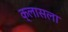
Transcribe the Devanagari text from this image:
क्लासला